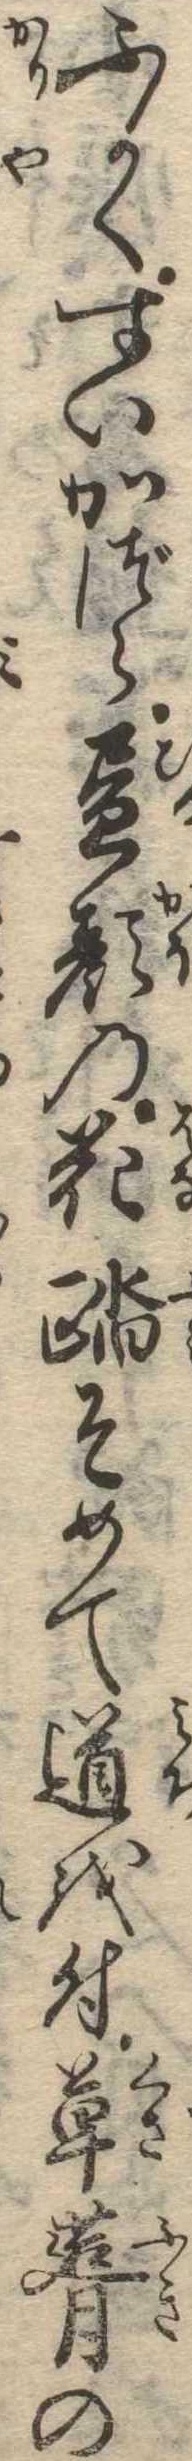
ふかくすいかづら昼顔の花踏そめて道を付草葺の